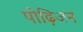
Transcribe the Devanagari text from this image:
पीढ़िजन